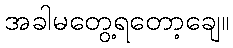
အခါမတွေ့ရတော့ချေ။